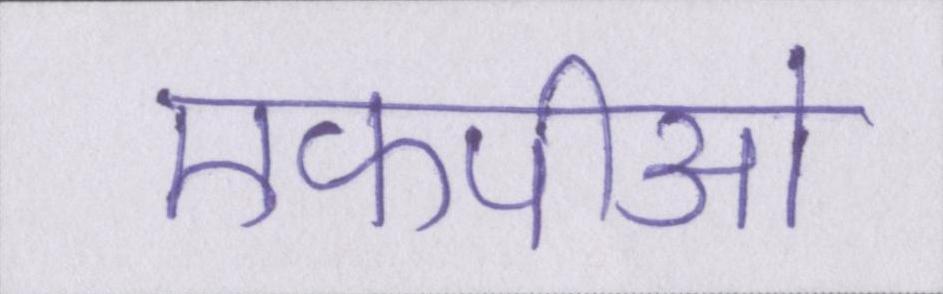
एफपीओ